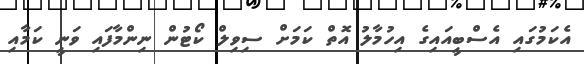
އެކަމުގައި އެސްބީއައިގެ އިހުމާލު އޮތް ކަމަށް ސިވިލް ކޯޓުން ނިންމާފައި ވަނީ ކަމާއި